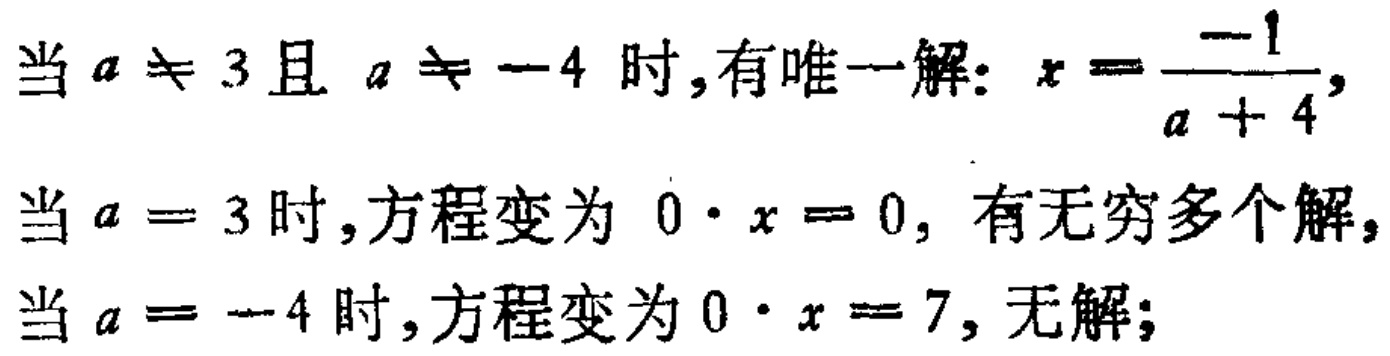
当 \(a \neq 3\) 且 \(a \neq -4\) 时,有唯一解: \(x = \frac{-1}{a + 4}\),
当 \(a = 3\) 时,方程变为 \(0 \cdot x = 0\), 有无穷多个解,
当 \(a = -4\) 时,方程变为 \(0 \cdot x = 7\), 无解;